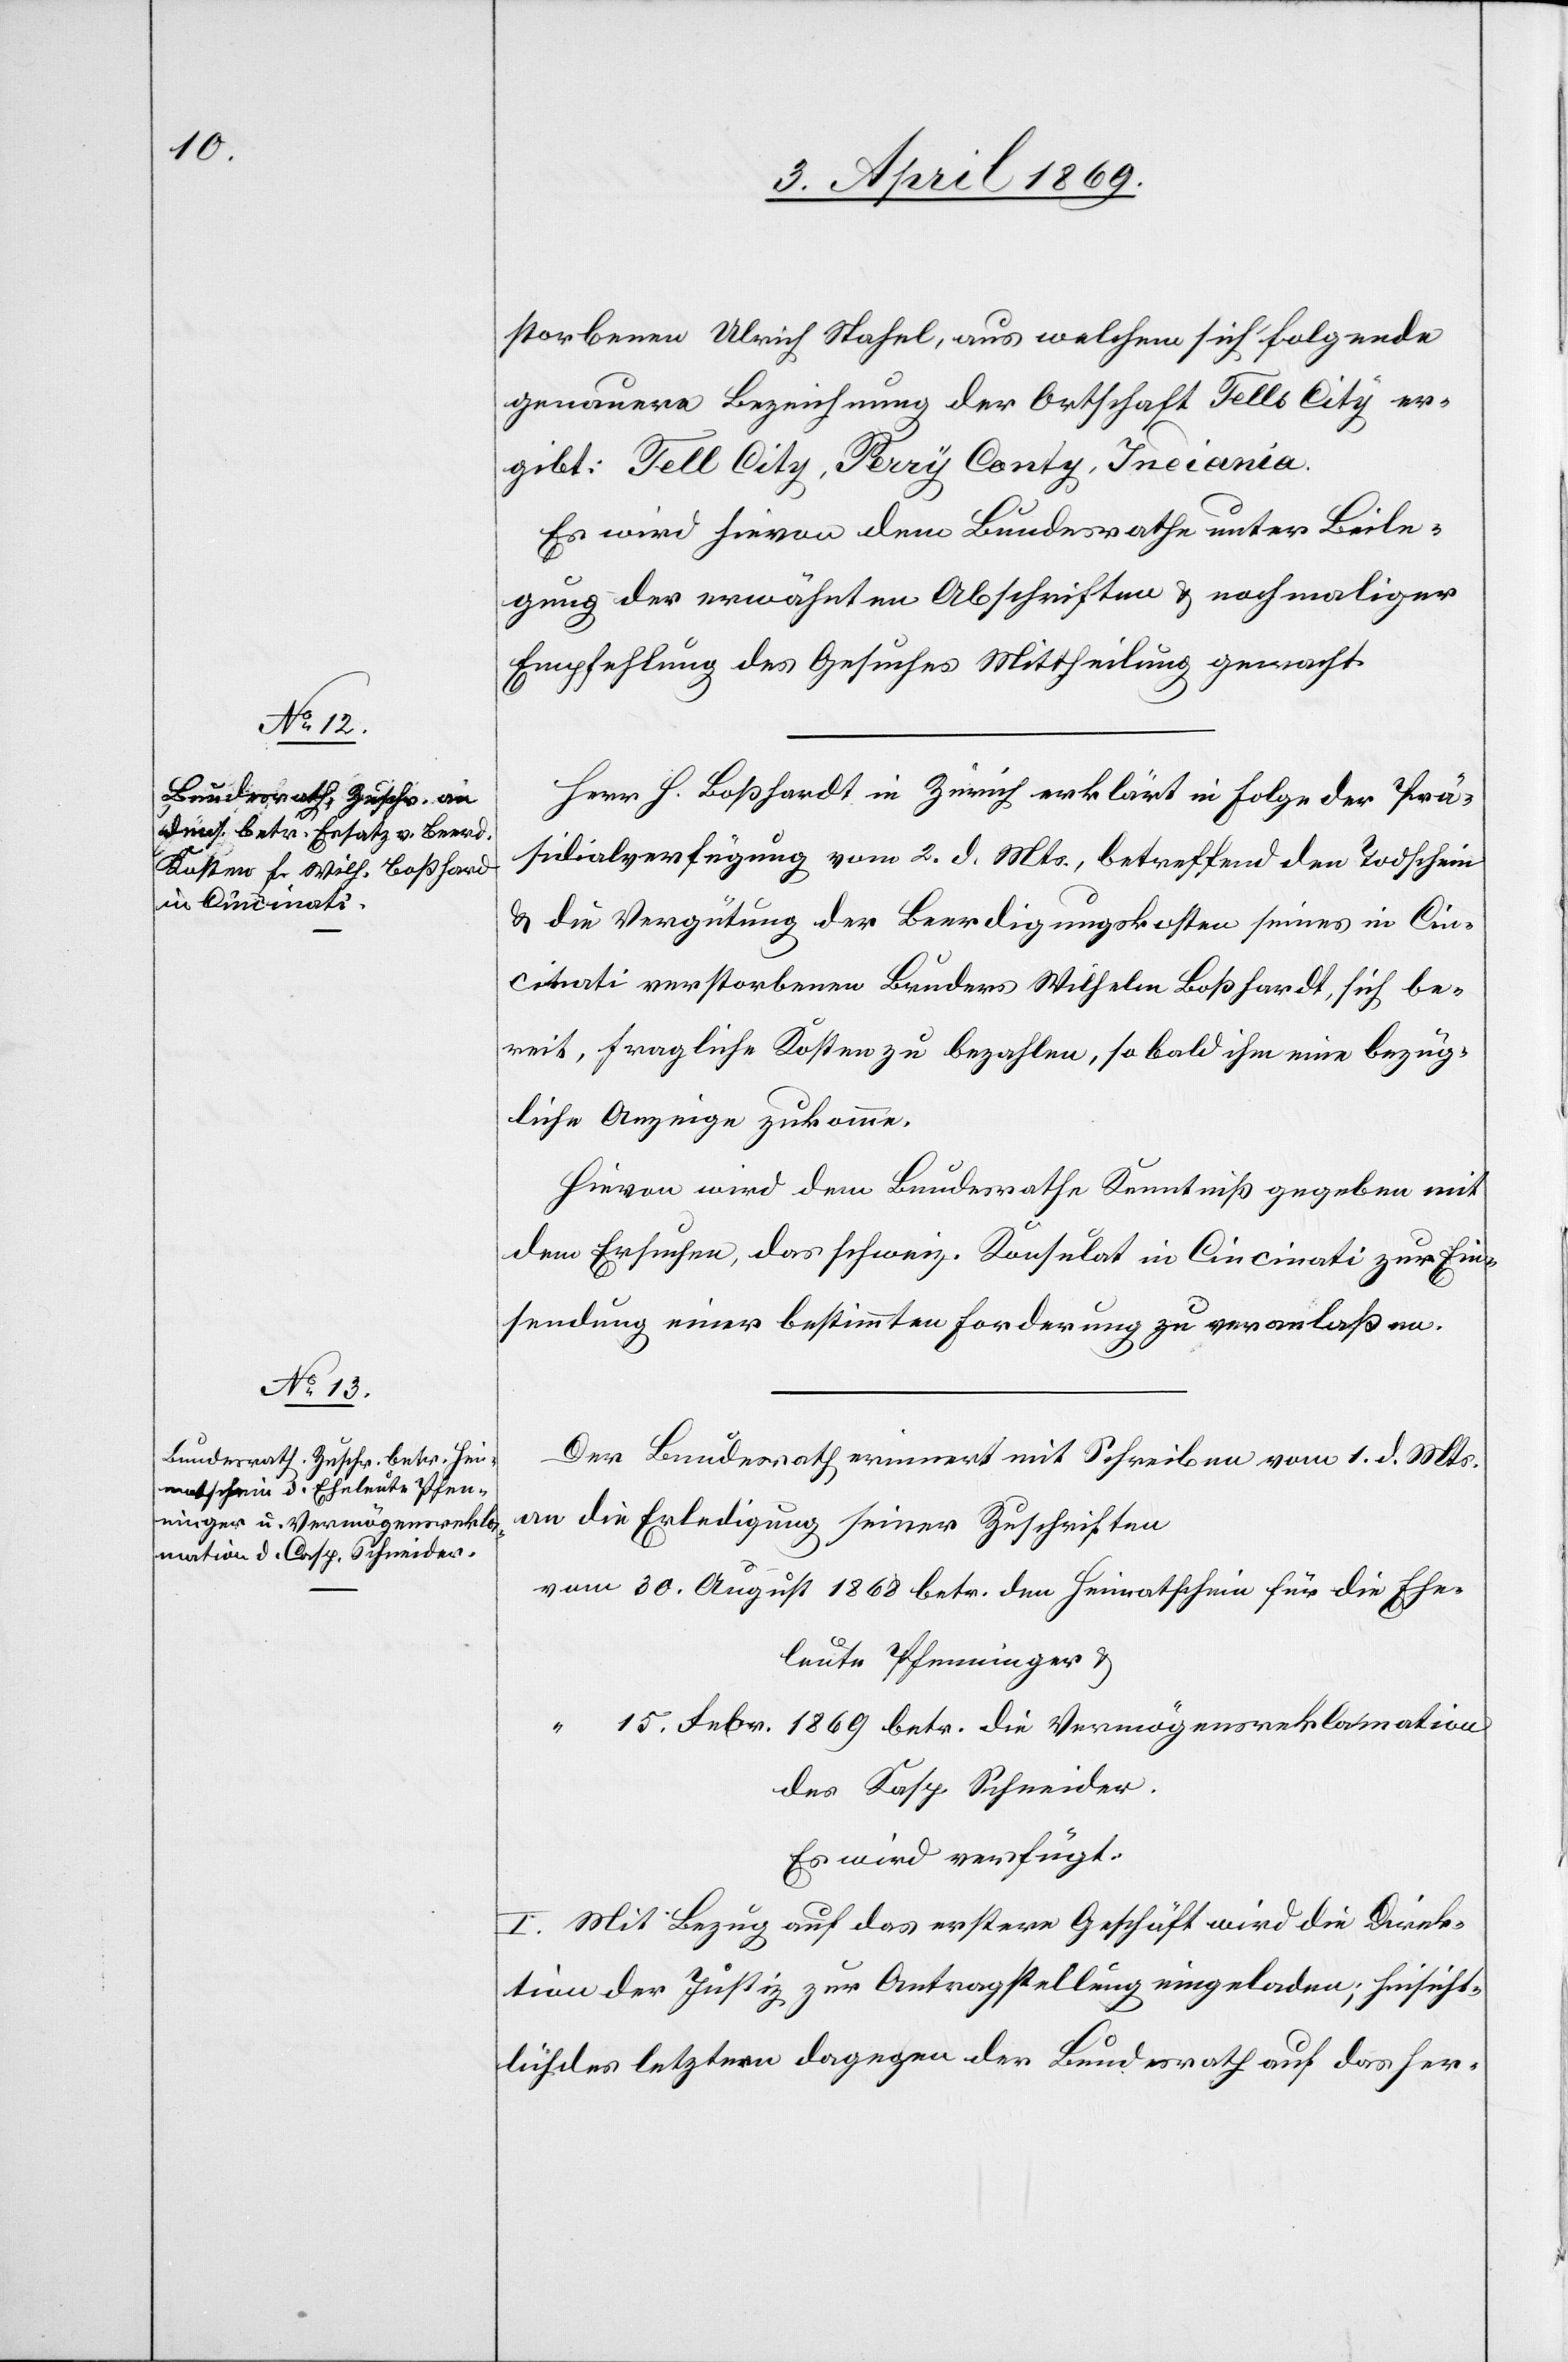
5. April 1869]
storbenen Ulrich Stahel, aus welchem sich folgende
genauere Bezeichnung der Ortschaft Tells City er¬
gibt: Tell City [sic!], Perry Conty, Indiana.
Es wird hievon dem Bundesrathe unter Beile¬
gung der erwähnten Abschriften u. nochmaliger
Empfehlung des Gesuches Mittheilung gemacht.
Herr. H. Boßhard in Zürich erklärt in Folge der Prä¬
sidialverfügung vom 2. d. Mts., betreffend den Todschein
u. die Vergütung der Beerdigungskosten seines in Cin¬
cinati verstorbenen Bruders Wilhelm Boßhard, sich be¬
reit, fragliche Kosten zu bezahlen, so bald ihm eine bezüg¬
liche Anzeige zukomme.
Hievon wird dem Bundesrathe Kenntniß gegeben mit
dem Ersuchen, das schweiz. Konsulat in Cincinati zur Ein¬
sendung einer bestimmten Forderung zu veranlaßen.
Der Bundesrath erinnert mit Schreiben vom 1. d. Mts.
an die Erledigung seiner Zuschriften
vom 30. August 1868 betr. den Heimatschein für die Ehe¬
leute Pfenninger u.
15. Febr. 1869 betr. die Vermögensreklamation
des Kasp. Schneider.
Es wird verfügt:
I. Mit Bezug auf das erstere Geschäft wird die Direk¬
tion der Justiz zur Antragstellung eingeladen; hinsicht¬
lich des letztern dagegen der Bundesrath auf das her-